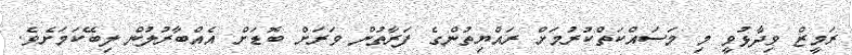
ރަމީީޒް ވިދާޅުވީ މި މަސައްކަތްކުރުމަށް ރައްޔިތުންގެ ފަރާތުން ވަރަށް ބޮޑަށް އެއްބާރުލުން ލިބޭކަމަށެވެ.